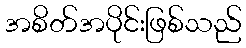
အစိတ်အပိုင်းဖြစ်သည်